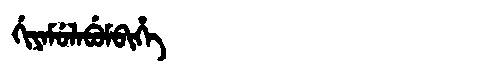
Manchu: ᡤᡳᠶᠠᠮᡠᠯᠠᠪᡠᠮᠪᡳᡥᡝ
Romanization: GIYAMULABUMBIHE